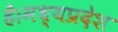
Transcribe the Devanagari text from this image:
है।मध्यप्रदेश